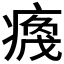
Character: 𬏻